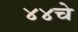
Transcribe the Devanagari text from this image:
४४चे